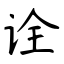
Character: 诠